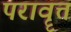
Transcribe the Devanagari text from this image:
परावॄत्त